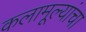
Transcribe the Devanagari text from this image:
कलामूल्यांचा